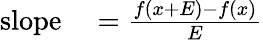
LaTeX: \begin{array}{rl}{{\mathrm{slope}}}&{{}={\frac{f(x+E)-f(x)}{E}}}\end{array}